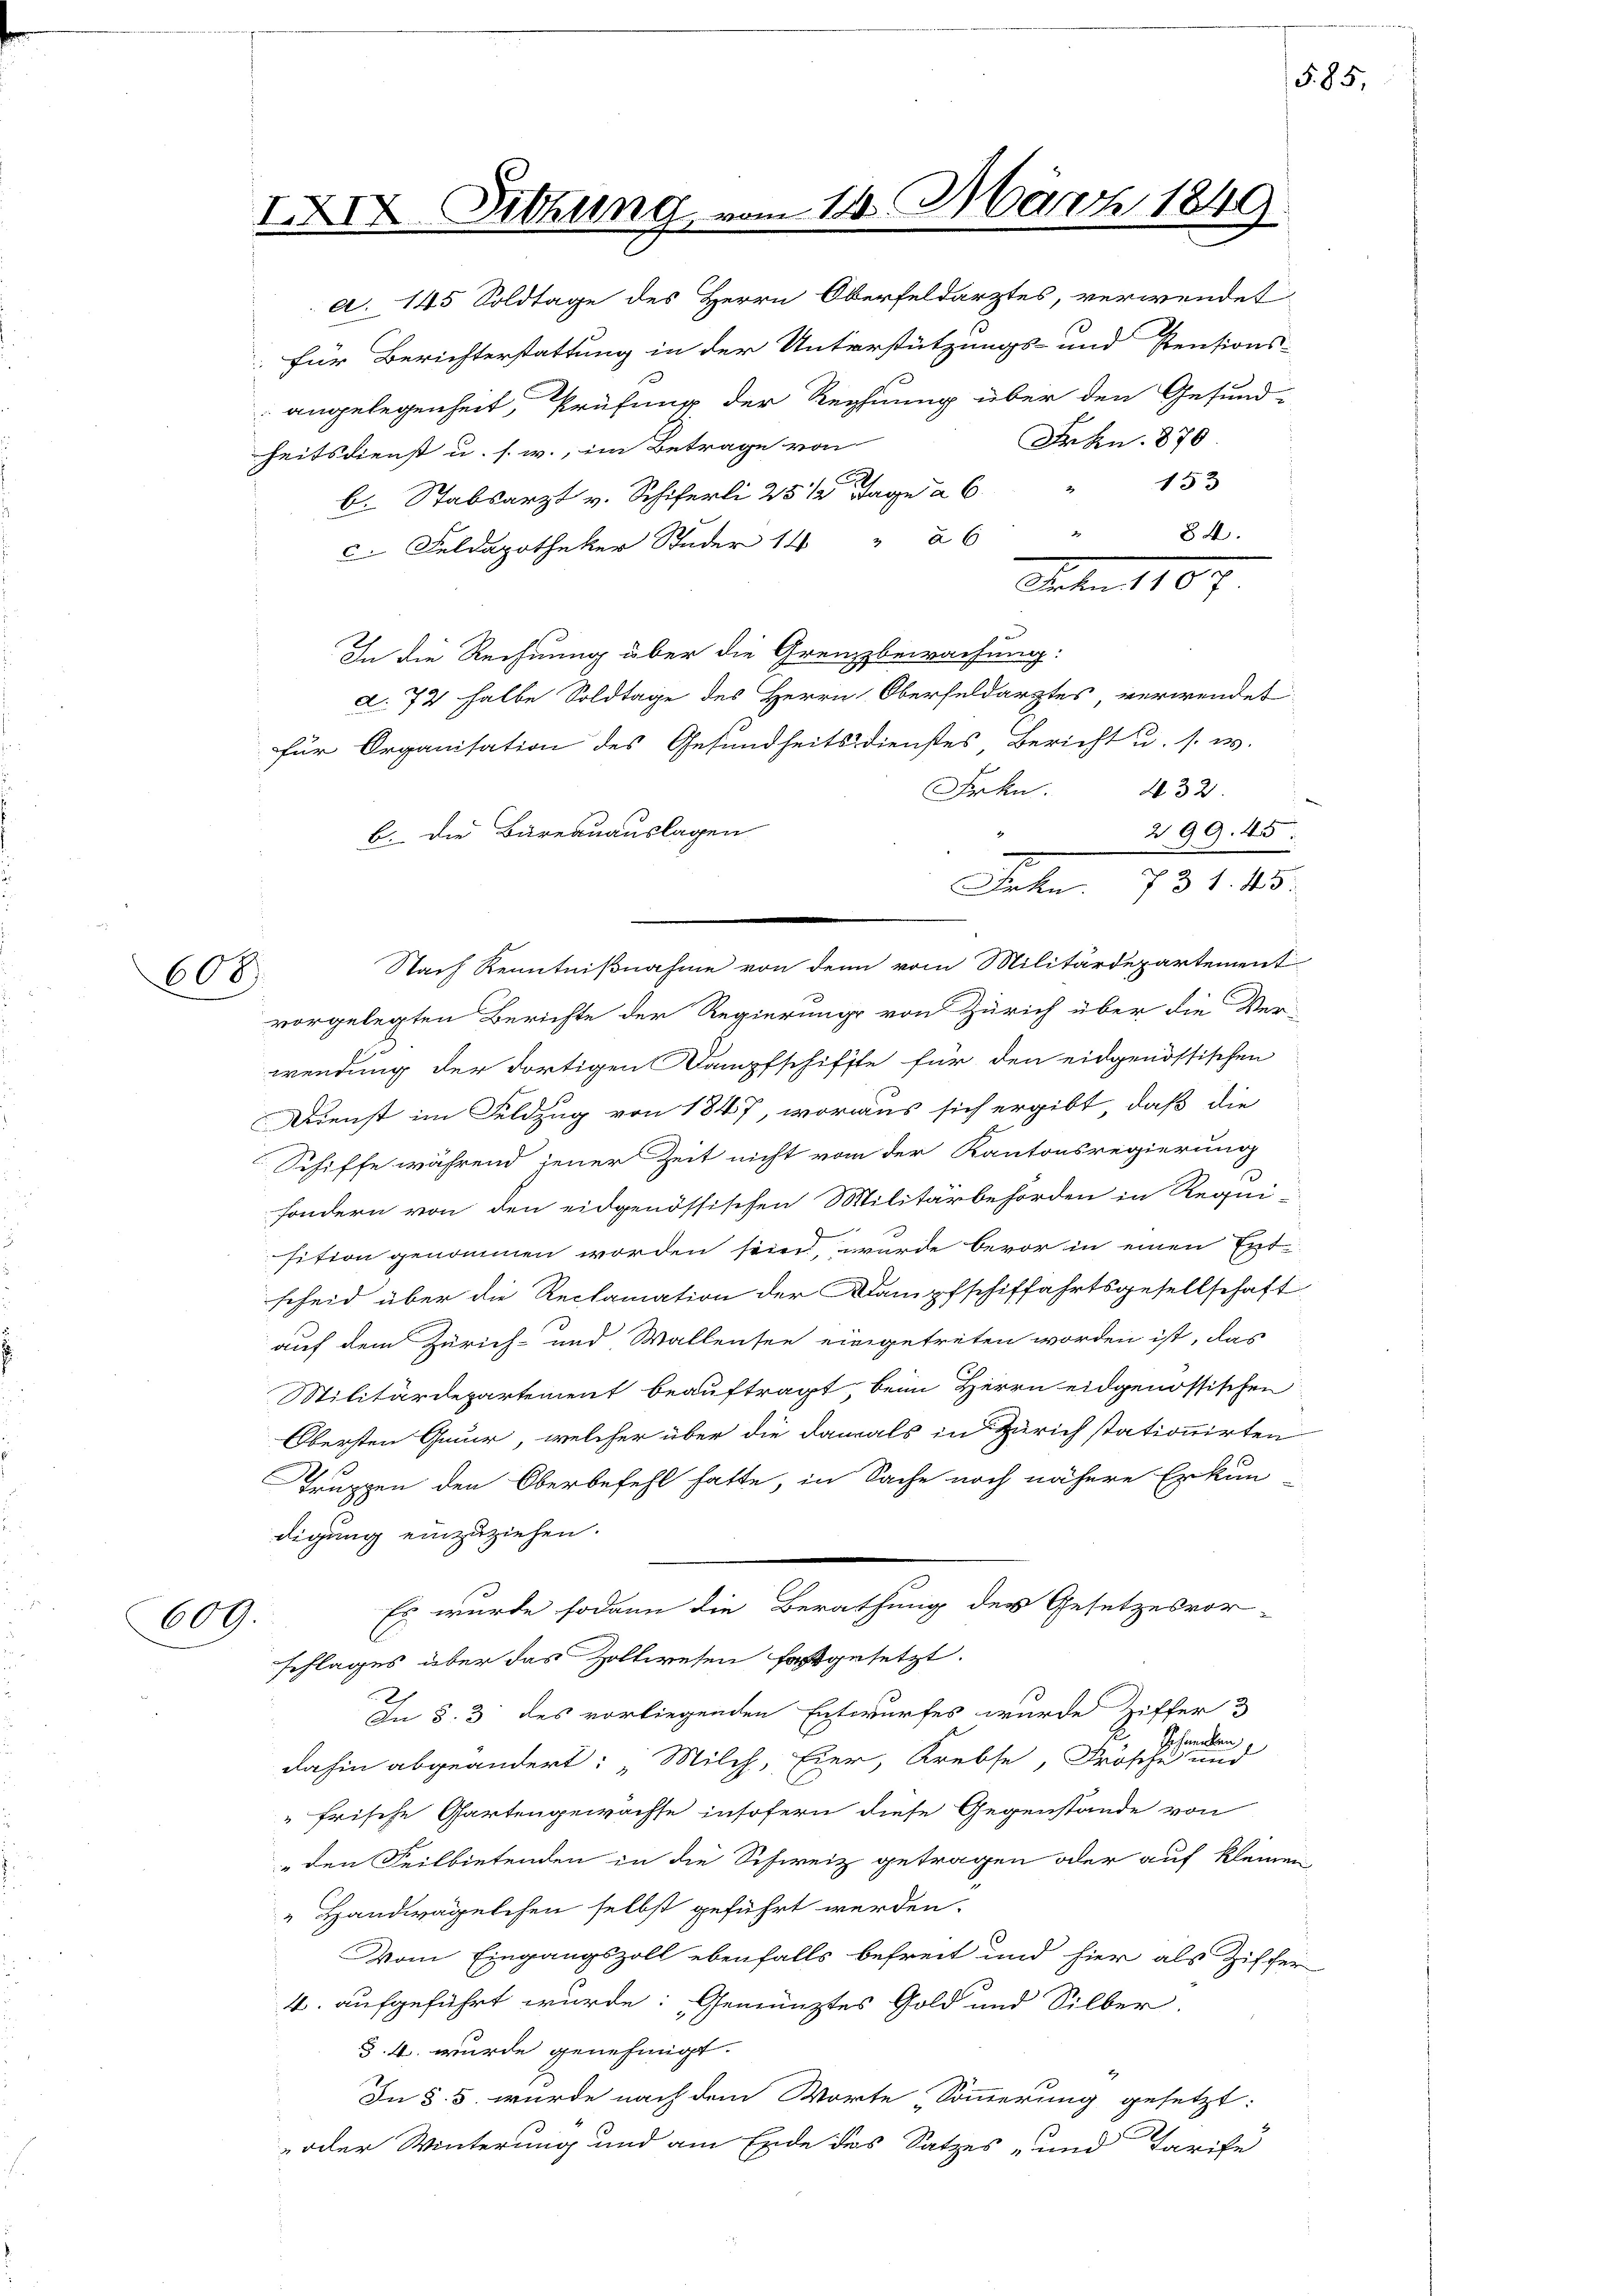
608.

XXIX. Sitzung vom 14. März 1849

a. 145 Soldtage des Herrn Oberfeldarztes, verwendet
 für Berichterstattung in der Unterstützungs- und Pensions-
 angelegenheit, Prüfung der Rechnung über den Gesund-
heitsdienst u. s. w., im Betrage von
.
b. Stabsarzt v. Schiferli 25 1/2 Tage à 6
84.
.
 Feldapotheker Studer 14 " 26
Worten 1807
In die Rechnung über die Grenzzbewachung:
d. 72 halbe Soldtage des Herrn Oberfeldarztes, verwendet
für Organisation des Gesundheitsdienstes Bericht u. s. w.
rkn. 232.
b. Die Bureauauslagen
299. 45
vorgelegten Berichte der Regierung von Zürich über die Ver-
wendung der dortigen Dampfschiffte für den eidgenössischen
Dienst im Feldzug von 1847, woraus sich ergibt, daß die
Schiffe während jener Zeit nicht von der Kantonsregierung
sondern von den eidgenössischen Militärbehörden in Requi-
sition genommen worden sein, wurde bevor in einen Ent-
scheid über die Reclamation der Dampfschiffahrtsgesellschaft
auf dem Zürich- und Wallensee eingetreten worden ist, das
Militärdepartement beauftragt beim Herrn eidgenössischen
Obersten Gaur, welcher über die damals in Zürich stationirten
Truppen den Oberbefehl hatte, in Sache noch nähere Erkun-
digung einzuziehen.
Es wurde sodann die Berathung der Gesetzesvor-
609.
schlages über das Zollwesen festgesetzt.
In §. 3 des vorliegenden Entwurfes wurde Ziffer 3
dahin abgeändert: „Milch, Eier, Krebse, Frösche
frische Gartengewächse insofern diese Gegenstände von
 den Feilbietenden in die Schweiz getragen oder auf kleinen
" Handwägelchen selbst geführt werden.
Vom Eingangszoll ebenfalls befreit und hier als Ziffer
4. aufgeführt wurde: „Gemünztes Gold und Silber
§. 4. wurde genehmigt.
In §. 5. wurde nach dem Worte Sommerung gesetzt:
-oder Winterung und am Ende des Satzes- und Tarife

Frkn. 870
153

Frkn. 731. 445.
Nach Kenntnißnahme von den vom Militärdepartement

§85,